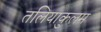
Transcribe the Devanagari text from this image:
तलियाकुलम